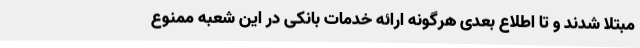
مبتلا شدند و تا اطلاع بعدی هرگونه ارائه خدمات بانکی در این شعبه ممنوع